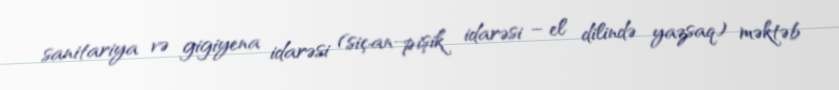
sanitariya və gigiyena idarəsi (siçan-pişik idarəsi – el dilində yazsaq) məktəb